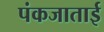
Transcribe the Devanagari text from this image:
पंकजाताई